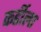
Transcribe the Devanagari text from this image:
कर्डीला